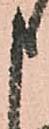
申